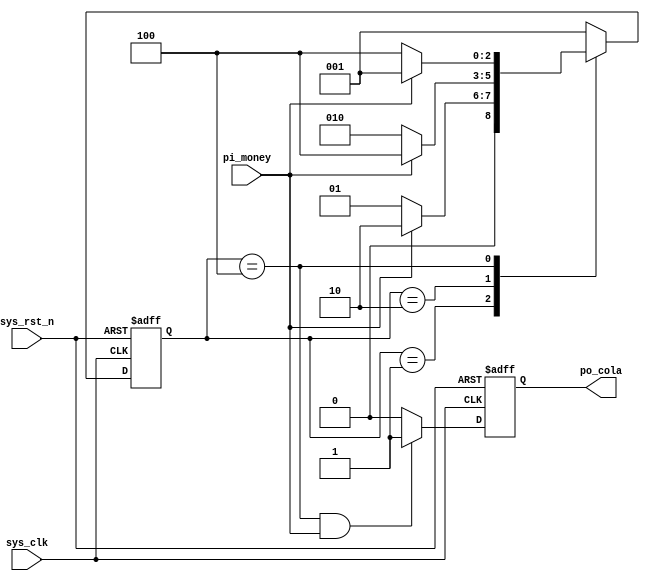
`timescale  1ns/1ns
////////////////////////////////////////////////////////////////////////
// Module Name   : simple_fsm
// Project Name  : simple_fsm
// Target Devices: Altera EP4CE10F17C8
// Tool Versions : Quartus 13.0
// Description   : 
//
// Revision      : V1.0
// Additional Comments:
// 
// : _Pro_FPGA
//     : http://www.embedfire.com
//     : http://www.firebbs.cn
//     : https://fire-stm32.taobao.com
////////////////////////////////////////////////////////////////////////

module  simple_fsm
(
    input   wire    sys_clk     ,   //50MHz
    input   wire    sys_rst_n   ,   //
    input   wire    pi_money    ,   //011

    output  reg     po_cola         //po_cola1po_cola0
);

//********************************************************************//
//****************** Parameter and Internal Signal *******************//
//********************************************************************//

//parameter define
//
parameter   IDLE = 3'b001;
parameter   ONE  = 3'b010;
parameter   TWO  = 3'b100;

//reg   define
reg     [2:0]   state;

//********************************************************************//
//***************************** Main Code ****************************//
//********************************************************************//

//state
always@(posedge sys_clk or negedge sys_rst_n)
    if(sys_rst_n == 1'b0)
        state <= IDLE;  //
    else    case(state)
                IDLE    :   if(pi_money == 1'b1)//
                                state <= ONE;
                            else
                                state <= IDLE;

                ONE     :   if(pi_money == 1'b1)
                                state <= TWO;
                            else
                                state <= ONE;

                TWO     :   if(pi_money == 1'b1)
                                state <= IDLE;
                            else
                                state <= TWO;
                //
                default :       state <= IDLE;
            endcase

//statepi_moneypo_cola
always@(posedge sys_clk or negedge sys_rst_n)
    if(sys_rst_n == 1'b0)
        po_cola <= 1'b0;
    else    if((state == TWO) && (pi_money == 1'b1))
        po_cola <= 1'b1;
    else
        po_cola <= 1'b0;

endmodule